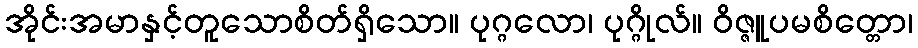
အိုင်းအမာနှင့်တူသောစိတ်ရှိသော။ ပုဂ္ဂလော၊ ပုဂ္ဂိုလ်။ ဝိဇ္ဇူပမစိတ္တော၊